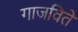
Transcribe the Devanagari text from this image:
गाजविते